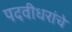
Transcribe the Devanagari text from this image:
पदवीधरांचे